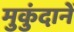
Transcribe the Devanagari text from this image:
मुकुंदानें